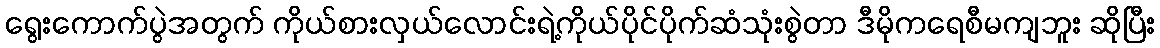
ရွေးကောက်ပွဲအတွက် ကိုယ်စားလှယ်လောင်းရဲ့ကိုယ်ပိုင်ပိုက်ဆံသုံးစွဲတာ ဒီမိုကရေစီမကျဘူး ဆိုပြီး